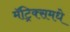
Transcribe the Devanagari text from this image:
मॅट्रिक्समधे